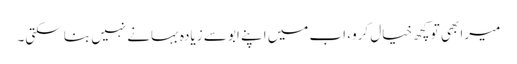
میرا بھی تو کچھ خیال کرو، اب میں اپنے ابو سے زیادہ بہانے نہیں بنا سکتی۔